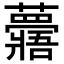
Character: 𧄯